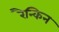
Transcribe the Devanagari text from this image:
रैन्किन